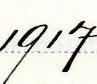
1917